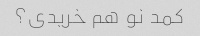
کمد نو هم خریدی؟